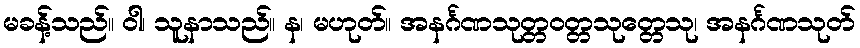
မခန့်သည်။ ဝါ၊ သူနာသည်။ န၊ မဟုတ်။ အနင်္ဂဏသုတ္တဝတ္တသုတ္တေသု၊ အနင်္ဂဏသုတ်